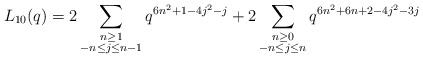
\begin{align*} L_{10}(q) = 2\sum_{\substack{n \geq 1 \\ -n \leq j \leq n-1}} q^{6n^2 + 1- 4j^2 -j} + 2\sum_{\substack{n \geq 0 \\ -n \leq j \leq n}} q^{6n^2 + 6n + 2- 4j^2 -3 j}\end{align*}